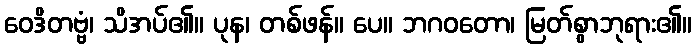
ဝေဒိတဗ္ဗံ၊ သိအပ်၏။ ပုန၊ တစ်ဖန်။ ပေ။ ဘဂဝတော၊ မြတ်စွာဘုရား၏။